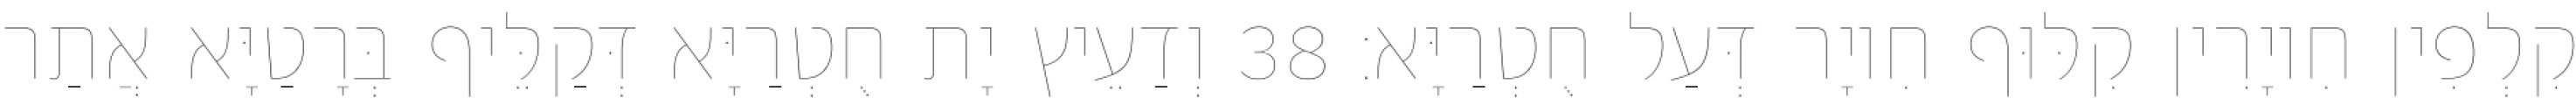
קִלְפִין חִיוָרִין קִלּוּף חִיוָר דְּעַל חֻטְרַיָּא׃ 38 וְדַעֵיץ יָת חֻטְרַיָּא דְּקַלֵּיף בְּרָטַיָּא אֲתַר